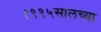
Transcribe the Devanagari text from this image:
१९९५सालच्या